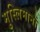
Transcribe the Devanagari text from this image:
मुस्लिमानों